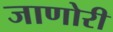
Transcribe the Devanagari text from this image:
जाणोरी